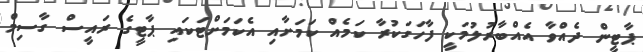
ޕާޓީން ދެއްވާ އެއްބާރުލުމަކީ ފާހަގަކުރާ ކަމެއް ކަމަށާއި އެކަމަށްޓަކައި ޕާޓީގެ ރައީސް ގާސިމް